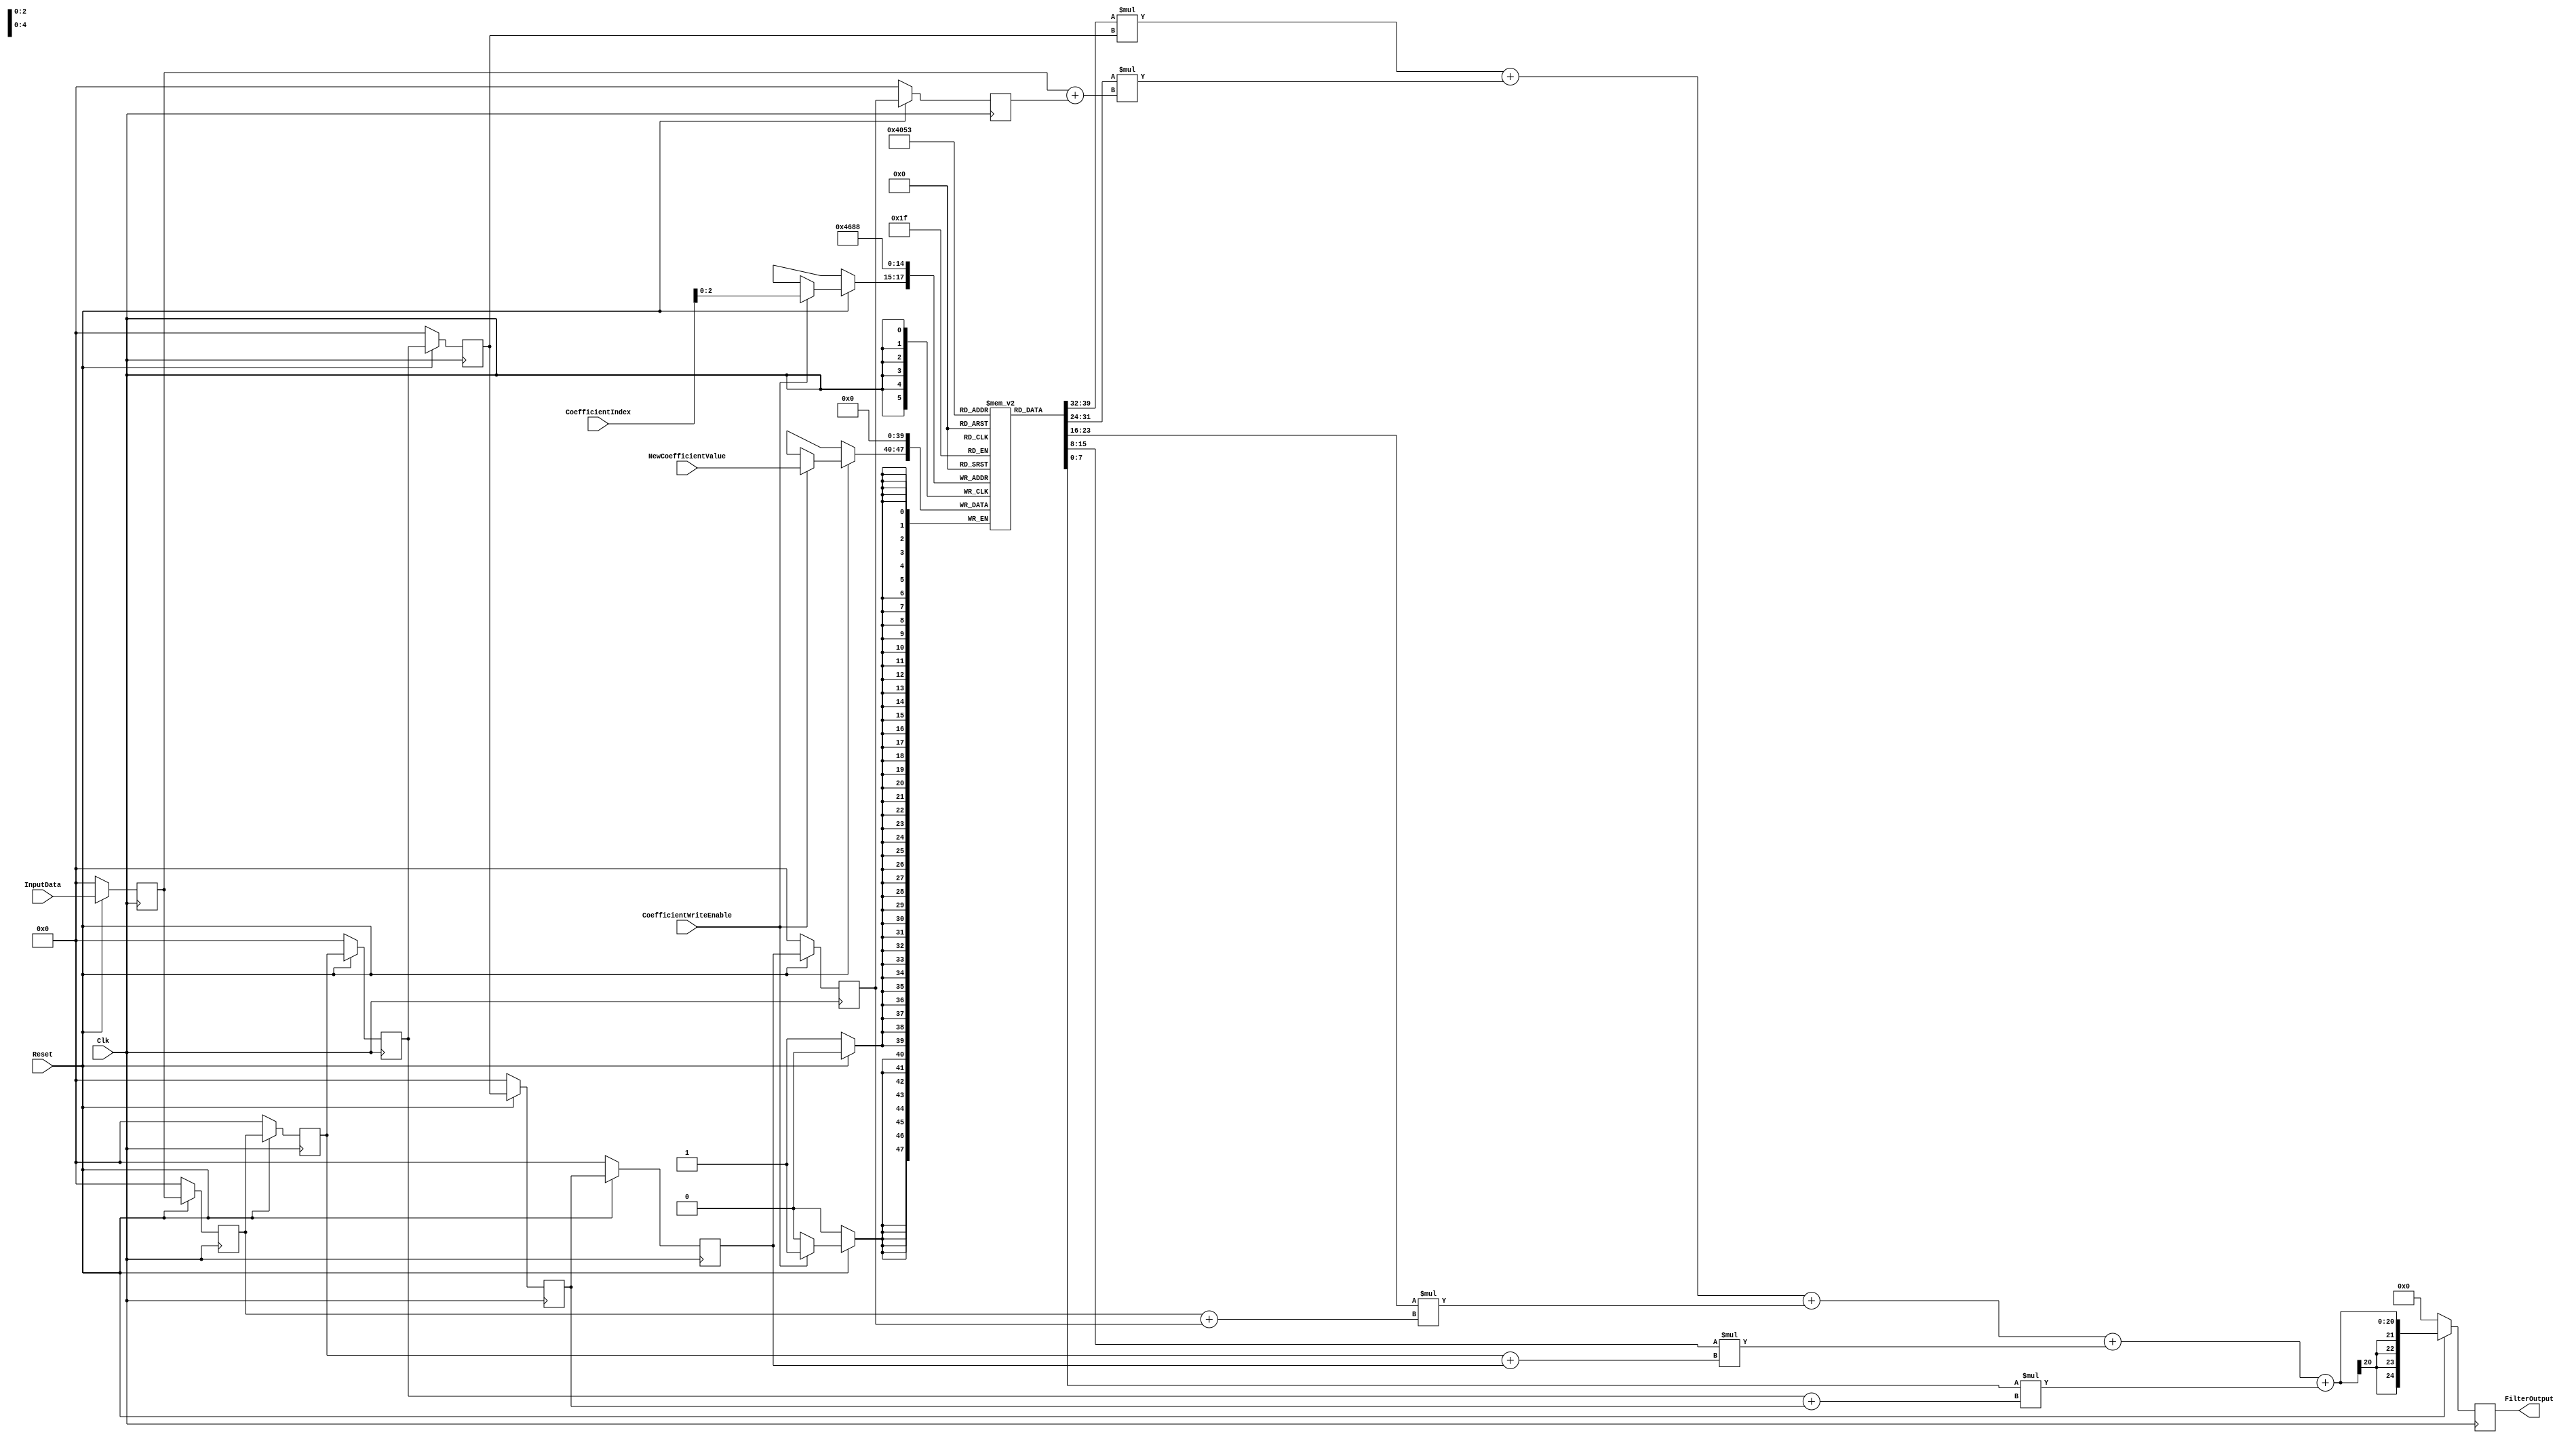
module FIR_Filter_Symmetric(
    input Clk,                                   // Clock input
    input Reset,                                 // Reset signal
    input signed[7:0] InputData,                // Input data
    input[3:0] CoefficientIndex,                // Index of coefficient to update
    input signed[7:0] NewCoefficientValue,      // New value for coefficient
    input CoefficientWriteEnable,                // Enable for coefficient write
    output reg signed[24:0] FilterOutput        // Filter output
    );
    
    integer tapIndex;                            // Loop index for taps
    integer coefficientIndex;                    // Loop index for coefficients
    reg signed[7:0] Coefficients[4:0];           // Coefficient values
    reg signed[7:0] InputFrame[8:0];            // Input data buffer
    reg signed[24:0] OutputResult;               // Intermediate result
    
    always @(posedge Clk) begin
        if(!Reset) begin                         // Reset condition
            for(tapIndex = 0; tapIndex < 9; tapIndex = tapIndex + 1) // Initialization
                InputFrame[tapIndex] <= 8'd0;    // Reset input buffer
            for(coefficientIndex = 0; coefficientIndex < 5; coefficientIndex = coefficientIndex + 1)
                Coefficients[coefficientIndex] <= 8'd0; // Reset coefficients
            FilterOutput <= 25'd0;               // Reset output
        end
        else begin
            if(CoefficientWriteEnable)           // If coefficient write enable is asserted
                Coefficients[CoefficientIndex] <= NewCoefficientValue; // Update coefficient
            InputFrame[0] <= InputData;          // New input
            for(tapIndex = 1; tapIndex < 9; tapIndex = tapIndex + 1) begin
                InputFrame[tapIndex] <= InputFrame[tapIndex-1]; // Shift input buffer
            end
            FilterOutput <= OutputResult;        // Update output
        end
    end
    
    always @(*) begin
        OutputResult = Coefficients[4] * InputFrame[4]; // Center tap operation
        for(coefficientIndex = 0; coefficientIndex < 4; coefficientIndex = coefficientIndex + 1) begin
            OutputResult = OutputResult + Coefficients[coefficientIndex] * (InputFrame[coefficientIndex] + InputFrame[8 - coefficientIndex]); // Symmetric taps operation
        end
    end
endmodule